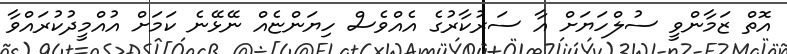
އޮތް ޒަމާންވީ ސުލްހަޔަށް އާ ސަރުކާރުގެ އެއްވެސް ހިޔަންޏެއް ނޭޅޭނެ ކަމަށް އުއްމީދުކުރައްވާ